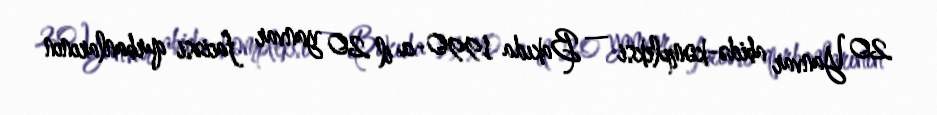
20 Yanvar abidə-kompleksi — Bakıda 1990-cı il 20 yanvar faciəsi qurbanlarının